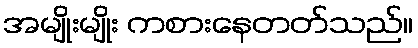
အမျိုးမျိုး ကစားနေတတ်သည်။